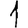
Digit: 1